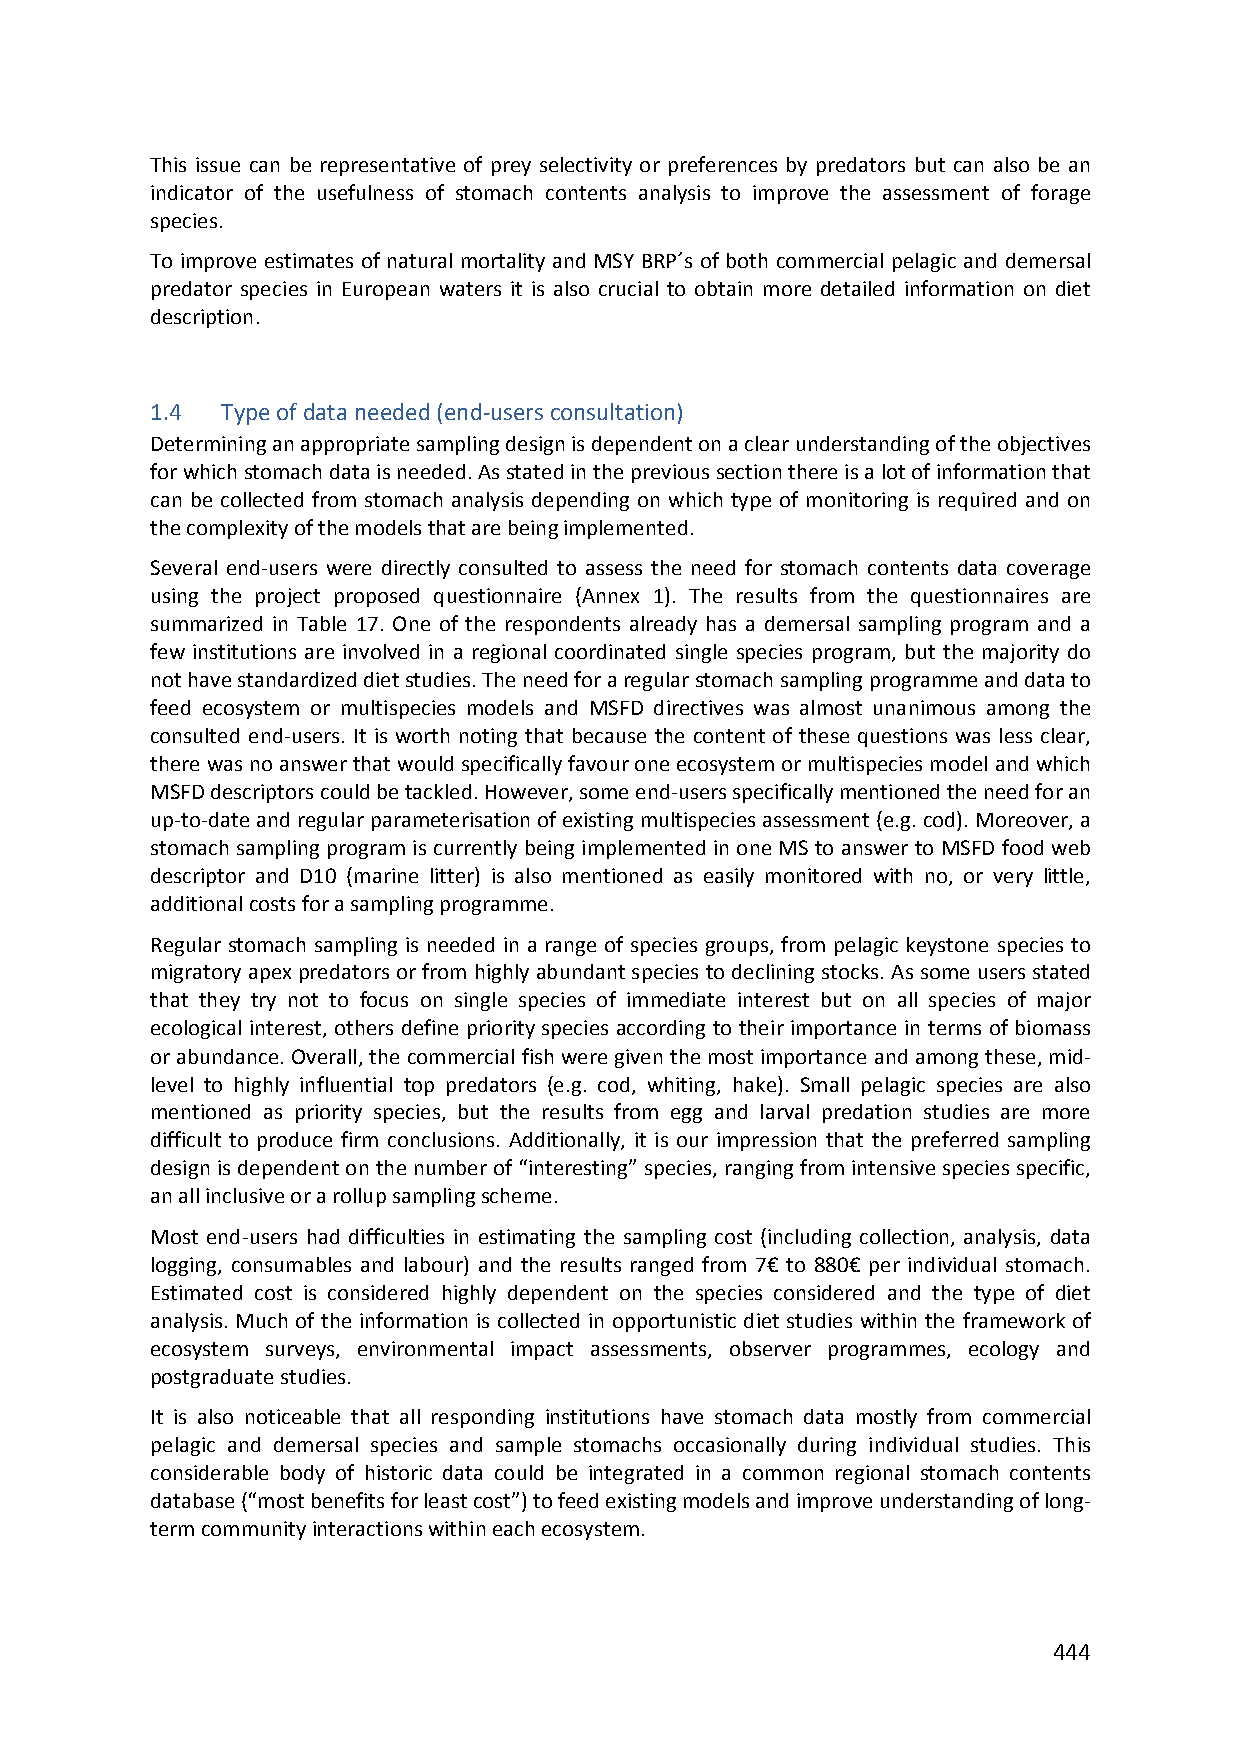
This issue can be representative of prey selectivity or preferences by predators but can also be an
 indicator of the usefulness of stomach contents analysis to improve the assessment of forage
 species.
 To improve estimates of natural mortality and MSY BRP´s of both commercial pelagic and demersal
 predator species in European waters it is also crucial to obtain more detailed information on diet
 description.
 1.4  Type of data needed (end‐users consultation)
 Determining an appropriate sampling design is dependent on a clear understanding of the objectives
 for which stomach data is needed. As stated in the previous section there is a lot of information that
 can be collected from stomach analysis depending on which type of monitoring is required and on
 the complexity of the models that are being implemented.
 Several end‐users were directly consulted to assess the need for stomach contents data coverage
 using the project proposed questionnaire (Annex 1). The results from the questionnaires are
 summarized in Table 17. One of the respondents already has a demersal sampling program and a
 few institutions are involved in a regional coordinated single species program, but the majority do
 not have standardized diet studies. The need for a regular stomach sampling programme and data to
 feed ecosystem or multispecies models and MSFD directives was almost unanimous among the
 consulted end‐users. It is worth noting that because the content of these questions was less clear,
 there was no answer that would specifically favour one ecosystem or multispecies model and which
 MSFD descriptors could be tackled. However, some end‐users specifically mentioned the need for an
 up‐to‐date and regular parameterisation of existing multispecies assessment (e.g. cod). Moreover, a
 stomach sampling program is currently being implemented in one MS to answer to MSFD food web
 descriptor and D10 (marine litter) is also mentioned as easily monitored with no, or very little,
 additional costs for a sampling programme.
 Regular stomach sampling is needed in a range of species groups, from pelagic keystone species to
 migratory apex predators or from highly abundant species to declining stocks. As some users stated
 that they try not to focus on single species of immediate interest but on all species of major
 ecological interest, others define priority species according to their importance in terms of biomass
 or abundance. Overall, the commercial fish were given the most importance and among these, mid‐
 level to highly influential top predators (e.g. cod, whiting, hake). Small pelagic species are also
 mentioned as priority species, but the results from egg and larval predation studies are more
 difficult to produce firm conclusions. Additionally, it is our impression that the preferred sampling
 design is dependent on the number of “interesting” species, ranging from intensive species specific,
 an all inclusive or a rollup sampling scheme.
 Most end‐users had difficulties in estimating the sampling cost (including collection, analysis, data
 logging, consumables and labour) and the results ranged from 7€ to 880€ per individual stomach.
 Estimated cost is considered highly dependent on the species considered and the type of diet
 analysis. Much of the information is collected in opportunistic diet studies within the framework of
 ecosystem surveys, environmental impact assessments, observer programmes, ecology and
 postgraduate studies.
 It is also noticeable that all responding institutions have stomach data mostly from commercial
 pelagic and demersal species and sample stomachs occasionally during individual studies. This
 considerable body of historic data could be integrated in a common regional stomach contents
 database (“most benefits for least cost”) to feed existing models and improve understanding of long‐
 term community interactions within each ecosystem.
 444